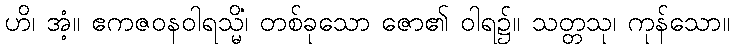
ဟိ၊ အံ့။ ဧကဇဝနဝါရသ္မိံ၊ တစ်ခုသော ဇော၏ ဝါရ၌။ သတ္တသု၊ ကုန်သော။